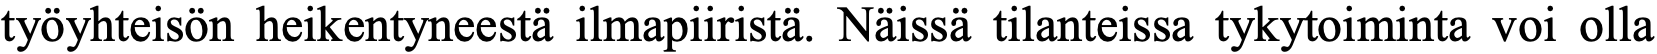
työyhteisön heikentyneestä ilmapiiristä. Näissä tilanteissa tykytoiminta voi olla